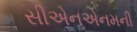
સીએનએનમની